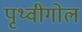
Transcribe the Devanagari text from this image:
पृथ्वीगोल